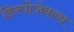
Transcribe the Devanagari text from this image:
डिस्पोजेबल्स